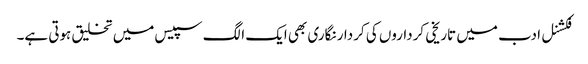
فکشنل ادب میں تاریخی کرداروں کی کردار نگاری بھی ایک الگ سپیس میں تخلیق ہوتی ہے۔